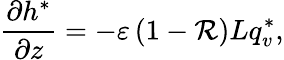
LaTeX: \frac{\partial h^{*}}{\partial z}=-\varepsilon\left(1-\mathcal{R}\right)Lq_{v}^{*},